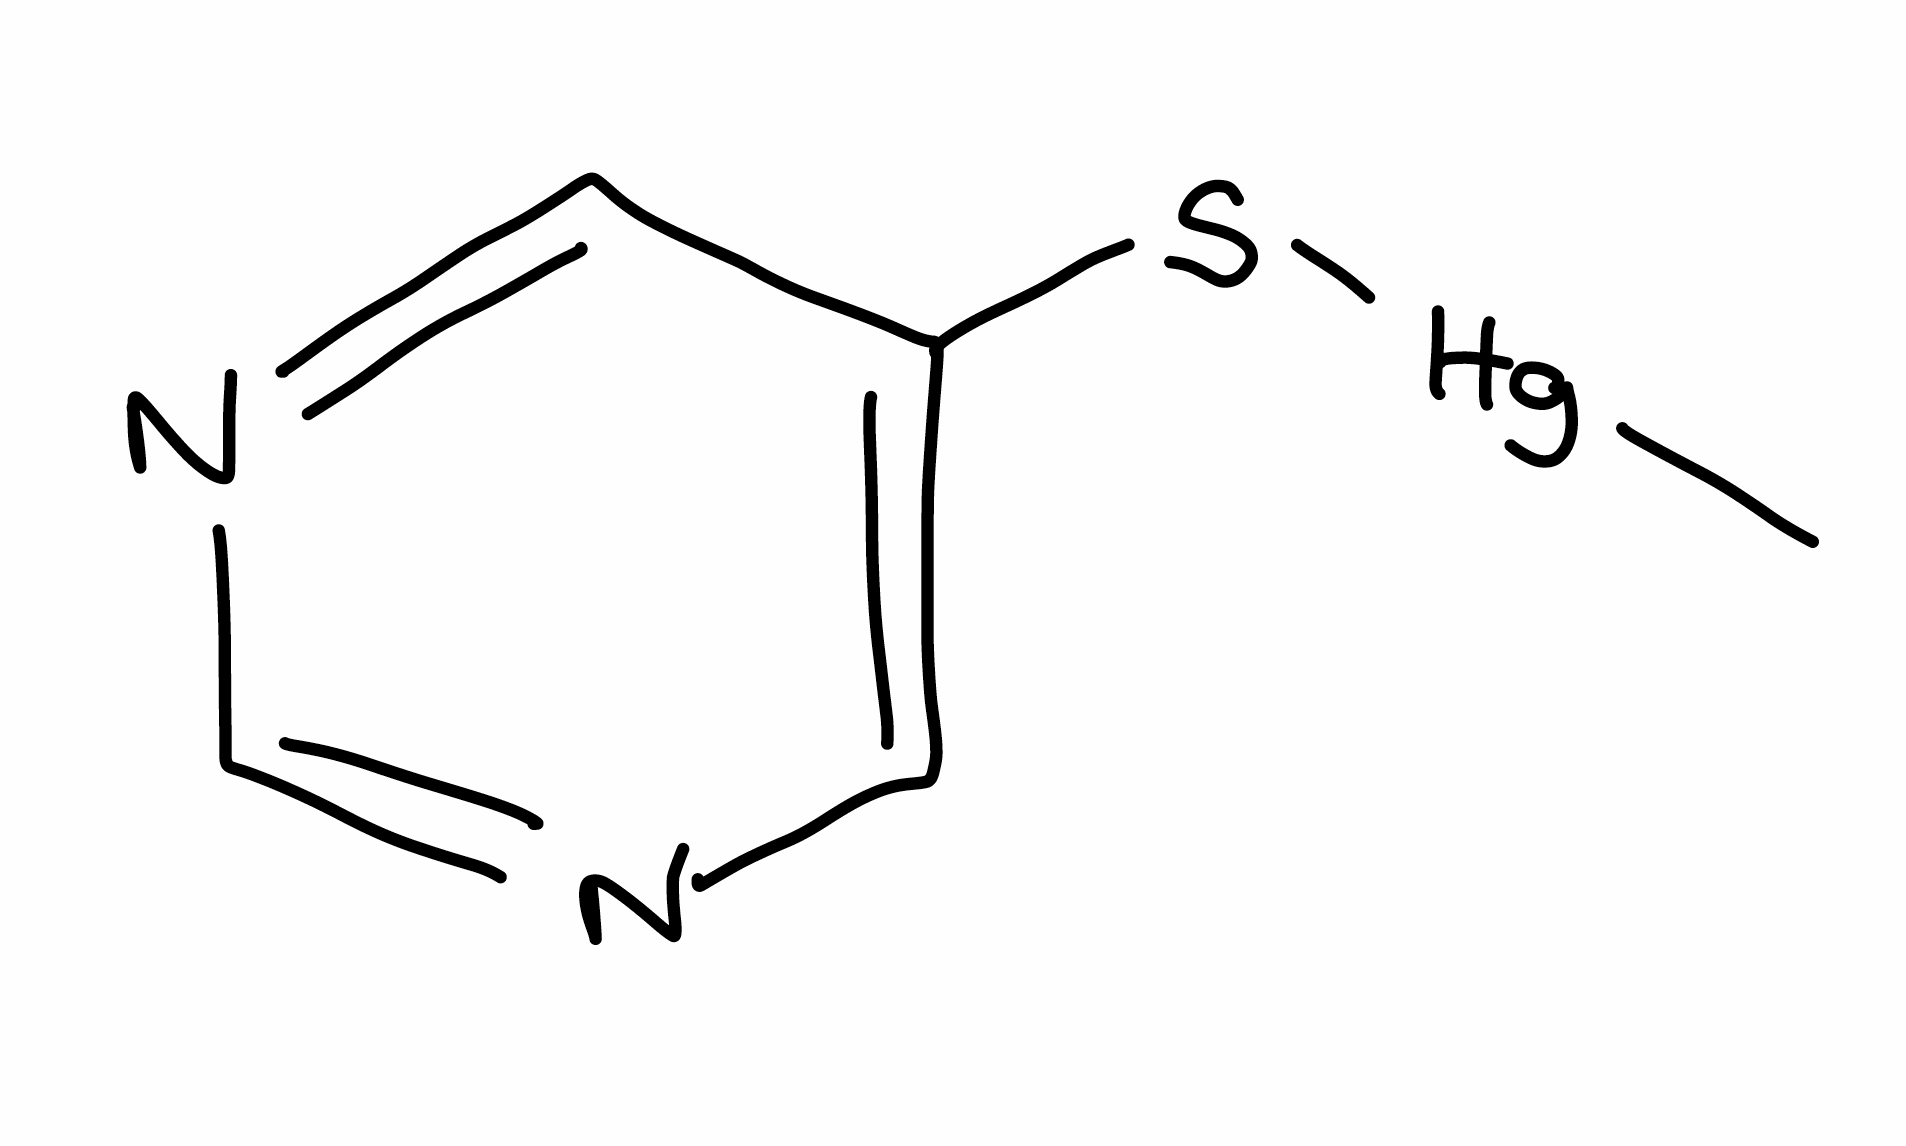
Simplified molecular-input line-entry system (SMILES) notation of the given molecule:
C[Hg]SC1=CN=CN=C1